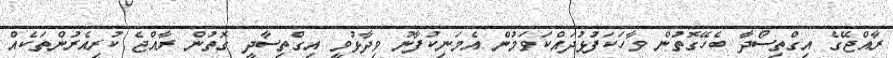
ރާއްޖޭގެ އިގްތިސޯދާ ބެހޭގޮތުން ވާހަކަފުޅުދައްކަވަމުން އެމަނިކުފާނު ވިދާޅުވީ އިގްތިސާދީ ގޮތުން ރާއްޖެ ކުރިއެރުންތަކެއް